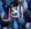
الآن